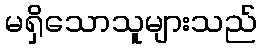
မရှိသောသူများသည်